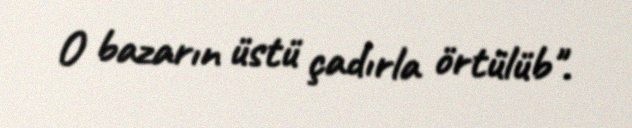
O bazarın üstü çadırla örtülüb".